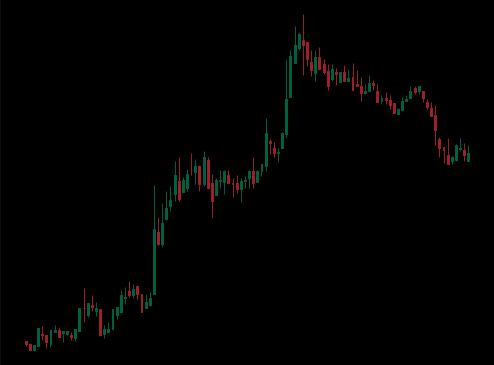
Pattern: bear_flag